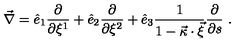
\vec { \nabla } = \hat { e } _ { 1 } \frac { \partial } { \partial \xi ^ { 1 } } + \hat { e } _ { 2 } \frac { \partial } { \partial \xi ^ { 2 } } + \hat { e } _ { 3 } \frac { 1 } { 1 - \vec { \kappa } \cdot \vec { \xi } } \frac { \partial } { \partial s } \ .